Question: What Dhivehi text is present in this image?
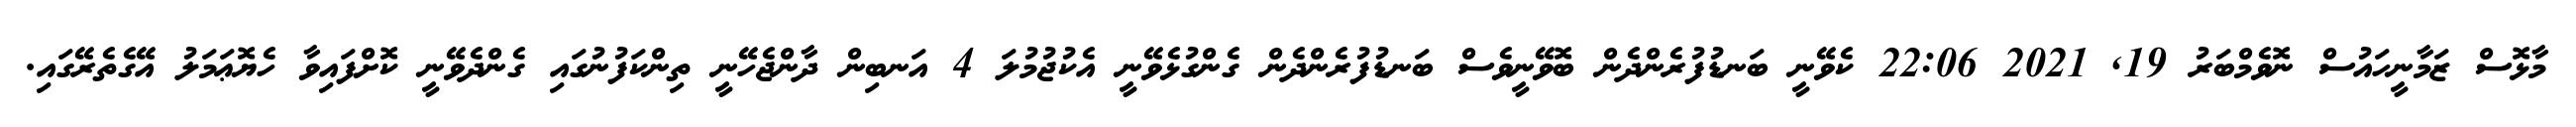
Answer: މާޅޮސް ޒަމާނީހައުސް ނޮވެމްބަރު 19, 2021 22:06 ކެވޭނީ ބަނޑުފުރެންދެން ބޮވޭނީވެސް ބަނޑުފުރެންދެން ގެންގުޅެވޭނީ އެކުޖުމުލަ 4 އަނބިން ދާންޖެހޭނީ ތިންކަފުނުގައި ގެންދެވޭނީ ކޮށްފައިވާ ހެޔޮޢަމަލު އޭގެތެރޭގައި.